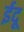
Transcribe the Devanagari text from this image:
ईदू